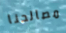
مصالحنا